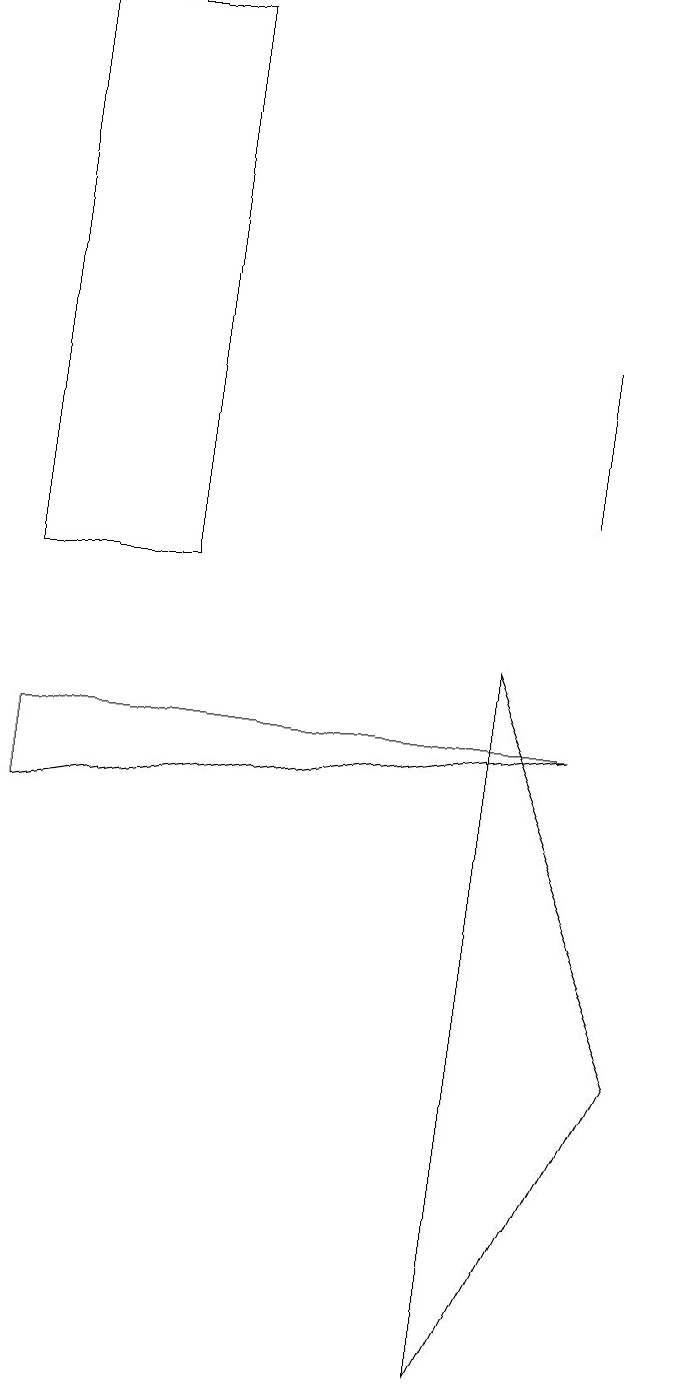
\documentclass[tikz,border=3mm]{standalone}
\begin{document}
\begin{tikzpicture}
\draw (3,10) rectangle (1,17);
\draw (1,7) -- (8,8) -- (1,8) -- cycle;
\draw (7,0) -- (7,9) -- (9,4) -- cycle;
\draw (8,11) rectangle (8,13);
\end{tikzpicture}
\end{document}